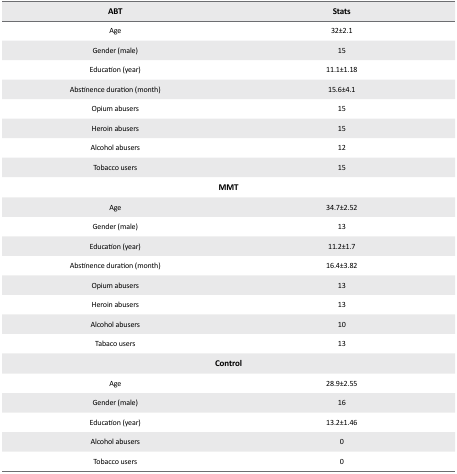
| ABT | Stats |
 | --- | --- |
 | Age | 32±2.1 |
 | Gender (male) | 15 |
 | Education (year) | 11.1±1.18 |
 | Abstinence duration (month) | 15.6±4.1 |
 | Opium abusers | 15 |
 | Heroin abusers | 15 |
 | Alcohol abusers | 12 |
 | Tobacco users | 15 |
 | <COLSPAN=2> MMT |
 | Age | 34.7±2.52 |
 | Gender (male) | 13 |
 | Education (year) | 11.2±1.7 |
 | Abstinence duration (month) | 16.4±3.82 |
 | Opium abusers | 13 |
 | Heroin abusers | 13 |
 | Alcohol abusers | 10 |
 | Tabaco users | 13 |
 | <COLSPAN=2> Control |
 | Age | 28.9±2.55 |
 | Gender (male) | 16 |
 | Education (year) | 13.2±1.46 |
 | Alcohol abusers | 0 |
 | Tobacco users | 0 |